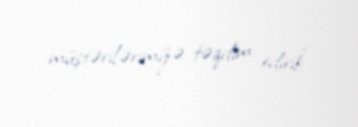
müştərilərimizə təqdim edirik".